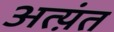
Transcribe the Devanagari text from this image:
अत्य़ंत